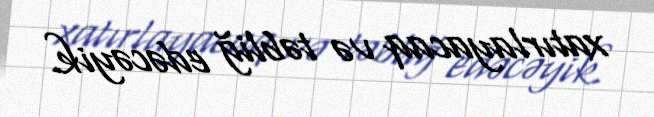
xatırlayacaq və təbliğ edəcəyik.